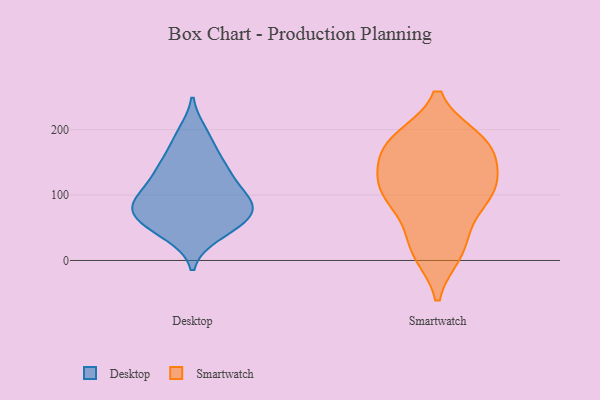
{"axis": {"x": "Backlog", "y": "Value"}, "legend": ["Desktop", "Smartwatch"], "data": [{"x": "", "y": 90, "type": "Desktop"}, {"x": "", "y": 138, "type": "Desktop"}, {"x": "", "y": 52, "type": "Desktop"}, {"x": "", "y": 79, "type": "Desktop"}, {"x": "", "y": 82, "type": "Desktop"}, {"x": "", "y": 73, "type": "Desktop"}, {"x": "", "y": 47, "type": "Desktop"}, {"x": "", "y": 103, "type": "Desktop"}, {"x": "", "y": 79, "type": "Desktop"}, {"x": "", "y": 59, "type": "Desktop"}, {"x": "", "y": 186, "type": "Desktop"}, {"x": "", "y": 85, "type": "Desktop"}, {"x": "", "y": 129, "type": "Desktop"}, {"x": "", "y": 151, "type": "Desktop"}, {"x": "", "y": 110, "type": "Desktop"}, {"x": "", "y": 194, "type": "Desktop"}, {"x": "", "y": 40, "type": "Desktop"}, {"x": "", "y": 145, "type": "Desktop"}, {"x": "", "y": 114, "type": "Smartwatch"}, {"x": "", "y": 177, "type": "Smartwatch"}, {"x": "", "y": 185, "type": "Smartwatch"}, {"x": "", "y": 28, "type": "Smartwatch"}, {"x": "", "y": 13, "type": "Smartwatch"}, {"x": "", "y": 68, "type": "Smartwatch"}, {"x": "", "y": 111, "type": "Smartwatch"}, {"x": "", "y": 179, "type": "Smartwatch"}, {"x": "", "y": 131, "type": "Smartwatch"}, {"x": "", "y": 12, "type": "Smartwatch"}, {"x": "", "y": 93, "type": "Smartwatch"}, {"x": "", "y": 148, "type": "Smartwatch"}, {"x": "", "y": 182, "type": "Smartwatch"}, {"x": "", "y": 100, "type": "Smartwatch"}, {"x": "", "y": 111, "type": "Smartwatch"}, {"x": "", "y": 177, "type": "Smartwatch"}]}